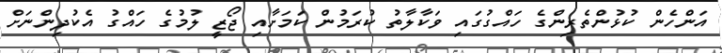
އަންހެން ކުޅުންތެރިންގެ ހައްގުގައި ވަކާލާތު ކުރަމުން ކަމަށާއި ޖޯޒީ ލުމުގެ ހައްގު އެކުދިންނަށް